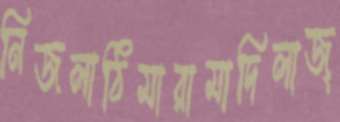
নিজলাঠিমারামাদিলাজ্